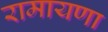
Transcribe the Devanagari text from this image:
रामायणा